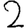
Digit: 2